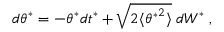
d \theta ^ { * } = - \theta ^ { * } d t ^ { * } + \sqrt { 2 \langle { \theta ^ { * } } ^ { 2 } \rangle } \; d W ^ { * } \; ,